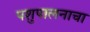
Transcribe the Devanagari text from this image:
पशुपालनाचा